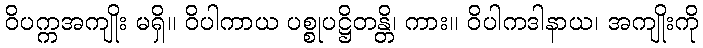
ဝိပက္ကအကျိုး မရှိ။ ဝိပါကာယ ပစ္စုပဋ္ဌိတန္တိ၊ ကား။ ဝိပါကဒါနာယ၊ အကျိုးကို